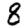
Digit: 8